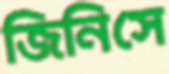
জিনিসে